Leprosy in India: report of the Leprosy Commission in India, 1890-91
Year: 1890
Disease focus: Leprosy
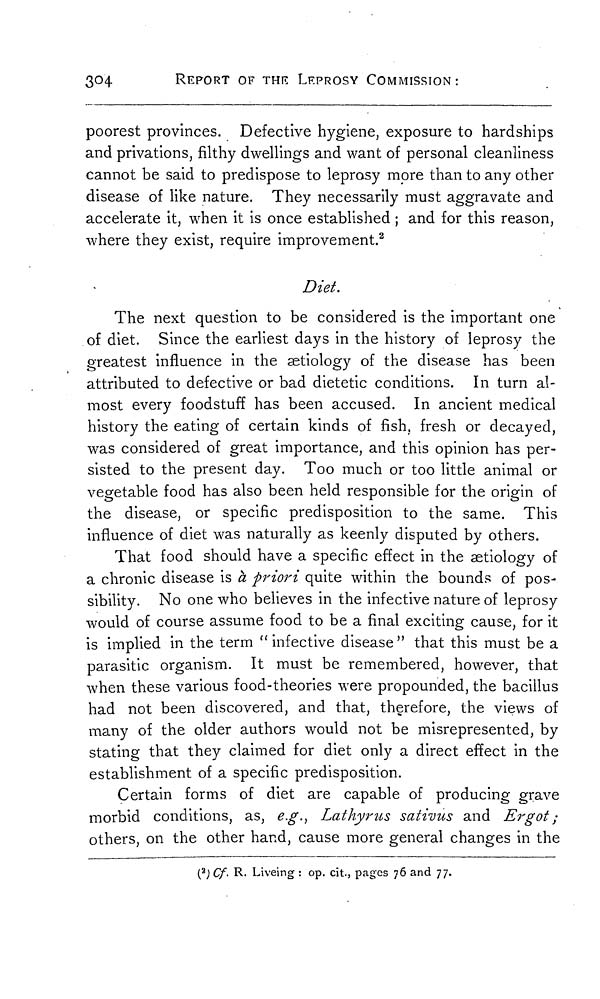
304
REPORT OF THE LEPROSY COMMISSION:
poorest provinces. Defective hygiene, exposure to hardships
and privations, filthy dwellings and want of personal cleanliness
cannot be said to predispose to leprosy more than to any other
disease of like nature. They necessarily must aggravate and
accelerate it, when it is once established ; and for this reason,
where they exist, require improvement. 2
Diet.
The next question to be considered is the important one
of diet. Since the earliest days in the history of leprosy the
greatest influence in the aetiology of the disease has been
attributed to defective or bad dietetic conditions. In turn al-
most every foodstuff has been accused. In ancient medical
history the eating of certain kinds of fish, fresh or decayed,
was considered of great importance, and this opinion has per-
sisted to the present day. Too much or too little animal or
vegetable food has also been held responsible for the origin of
the disease, or specific predisposition to the same. This
influence of diet was naturally as keenly disputed by others.
That food should have a specific effect in the aetiology of
a chronic disease is à priori quite within the bounds of pos-
sibility. No one who believes in the infective nature of leprosy
would of course assume food to be a final exciting cause, for it
is implied in the term "infective disease" that this must be a
parasitic organism. It must be remembered, however, that
when these various food-theories were propounded, the bacillus
had not been discovered, and that, therefore, the views of
many of the older authors would not be misrepresented, by
stating that they claimed for diet only a direct effect in the
establishment of a specific predisposition.
Certain forms of diet are capable of producing grave
morbid conditions, as, e.g., Lathyrus sativus and Ergot ;
others, on the other hand, cause more general changes in the
( 2 ) Cf. R. Liveing : op. cit., pages 76 and 77.